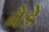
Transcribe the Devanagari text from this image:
बैडे